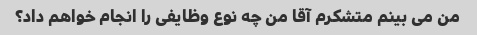
من می بینم متشکرم آقا من چه نوع وظایفی را انجام خواهم داد؟